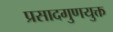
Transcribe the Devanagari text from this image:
प्रसादगुणयुक्त